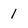
Character: 1